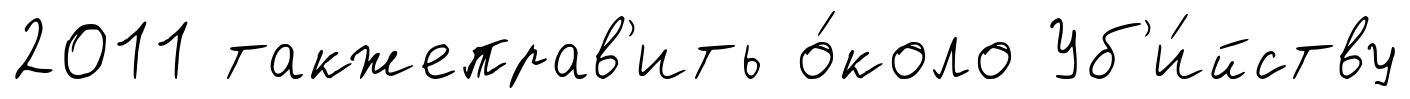
2011 такжеправ'ить о́коло Уб'и́йству